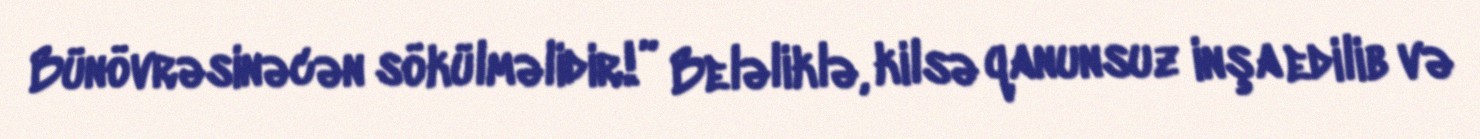
Bünövrəsinəcən sökülməlidir!” Beləliklə, kilsə qanunsuz inşa edilib və